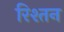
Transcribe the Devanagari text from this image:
रिश्तन